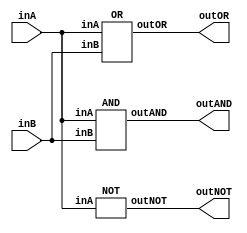
/* CSED273 lab1 experiment 2_iv */
/* lab1_2_iv.v */


module lab1_2_iv(outAND, outOR, outNOT, inA, inB);
    output wire outAND, outOR, outNOT;
    input wire inA, inB;

    AND andGate(outAND, inA, inB);
    OR orGate(outOR, inA, inB);
    NOT notGate(outNOT, inA);

endmodule


/* Implement AND, OR, and NOT modules with {NOR}
 * You are only allowed to wire modules below
 * i.e.) No and, or, not, etc. Only nor, AND, OR, NOT are available*/
module AND(outAND, inA, inB);
    output wire outAND;
    input wire inA, inB; 

    nor(a, inA, 0);
    nor(b, inB, 0);
    nor(outAND, a, b);

endmodule

module OR(outOR, inA, inB); 
    output wire outOR;
    input wire inA, inB;

    nor(Z, inA, inB);
    nor(outOR, Z, 0);

endmodule

module NOT(outNOT, inA);
    output wire outNOT;
    input wire inA; 

    nor(outNOT, inA, 0);

endmodule